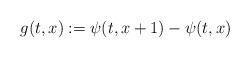
\begin{align*}g(t,x):=\psi(t,x+1)-\psi(t,x)\end{align*}